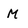
Character: M